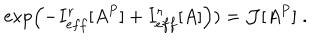
\exp \left( - I _ { e f f } ^ { r } [ A ^ { P } ] + I _ { e f f } ^ { r } [ A ] \right) ) = { \cal J } [ A ^ { P } ] \; .